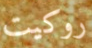
روكيت